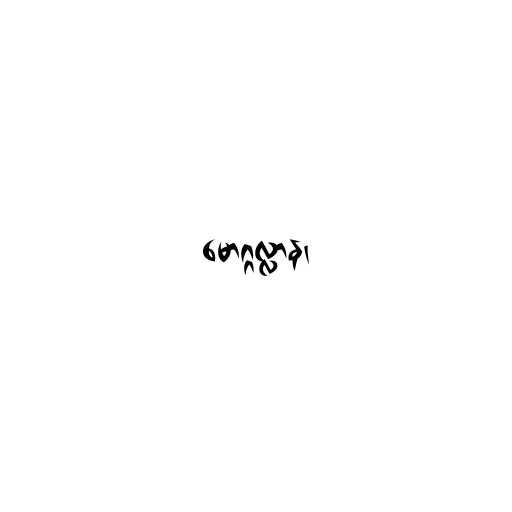
မောဂ္ဂလ္လာန၊